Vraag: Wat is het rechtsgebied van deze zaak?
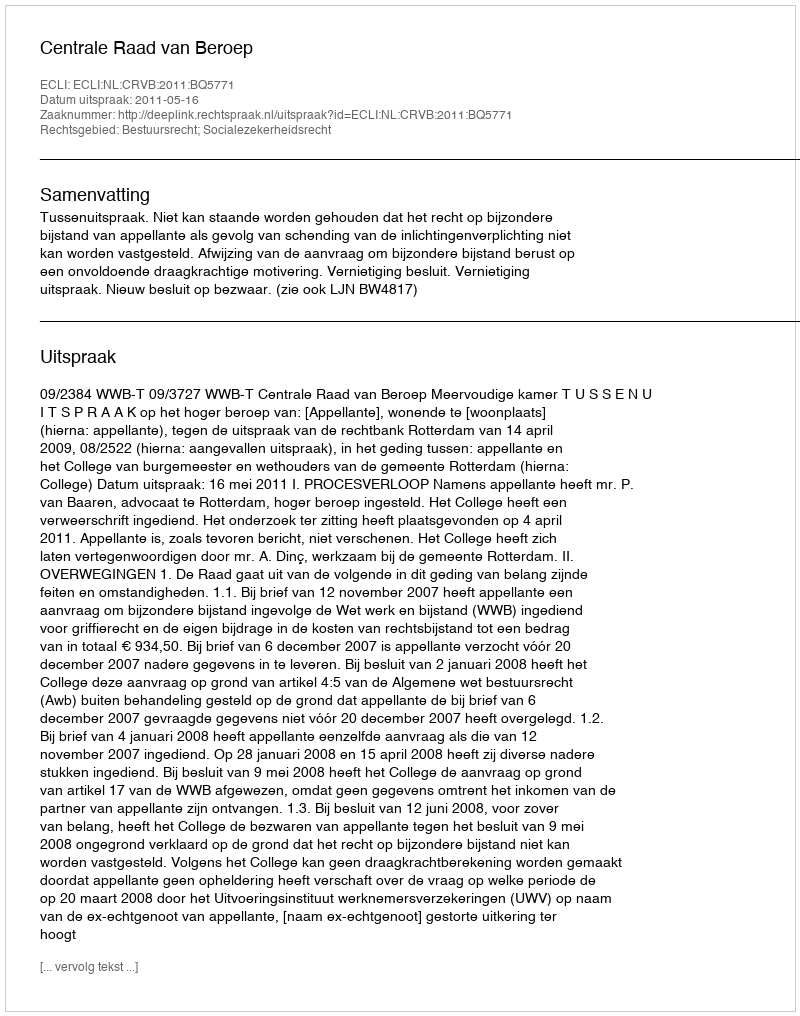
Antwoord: Bestuursrecht; Socialezekerheidsrecht